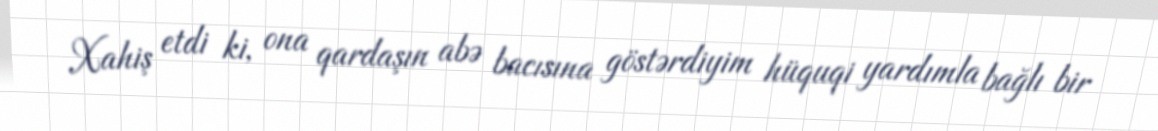
Xahiş etdi ki, ona qardaşın abə bacısına göstərdiyim hüquqi yardımla bağlı bir